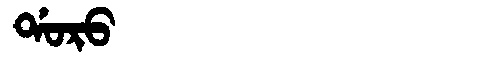
Manchu: ᡩᠣᡵᠣ
Romanization: DORO